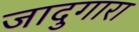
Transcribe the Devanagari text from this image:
जादुगारा